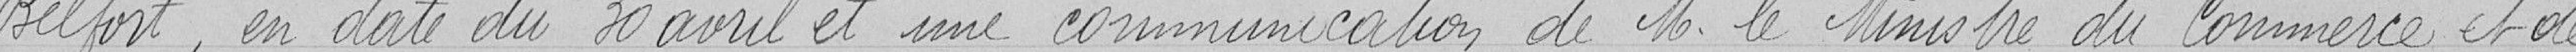
Belfort, en date du 30 avril et une communication de M. le Ministre du Commerce et de